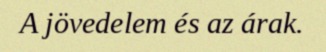
A jövedelem és az árak.